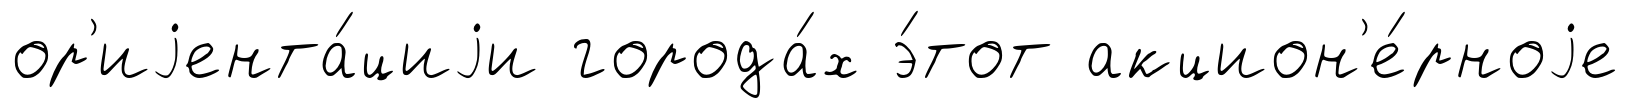
ор'иjента́циjи города́х э́тот акцион'е́рноjе